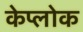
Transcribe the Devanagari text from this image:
केप्लोक